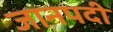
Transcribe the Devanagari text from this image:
जानपदी